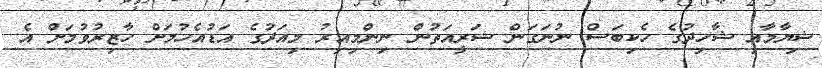
ޝިޔާމާއި ޝާހިދުގެ ހެކިބަސް ނުނަގަން ޝަރީއަތުން ނިންމިއިރު މިއަދުގެ އަޑުއެހުމަށް ހާޒިރުވުމަށް އެ